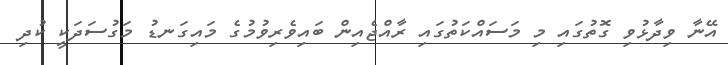
އޭނާ ވިދާޅުވި ގޮތުގައި މި މަސައްކަތުގައި ރާއްޖެއިން ބައިވެރިވުމުގެ މައިގަނޑު މަގުސަދަކީ ކުދި